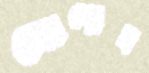
যোগাব